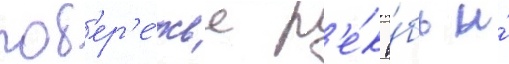
поб'ер'е́жье р'е́к о́бь и́